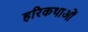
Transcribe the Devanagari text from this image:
हरिकथाओं